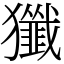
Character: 㺤